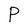
Character: P